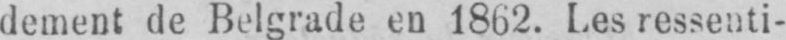
dement de Belgrade en 1862. Les ressenti-